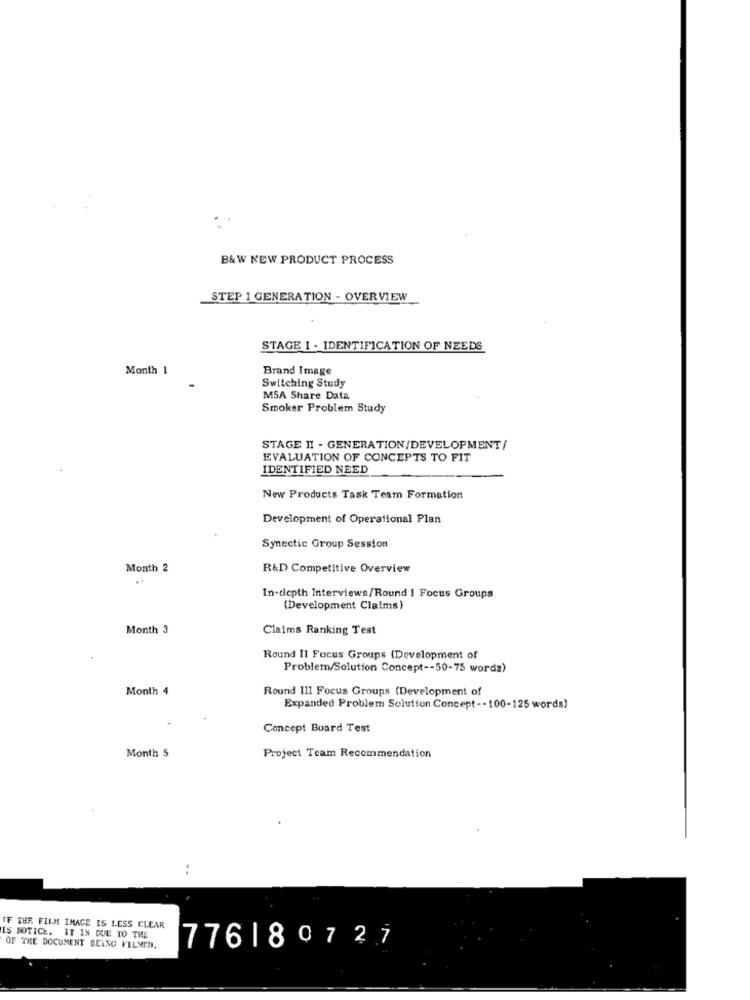
B&W NEW PRODUCT PROCESS
STEP 1 GENERATION - OVERVIEW
STAGE 1 - IDENTIFICATION OF NEEDS
Month 1
Brand Image
Switching Study
MSA Share Data
Smoker Problem Study
STAGE II - GENERATION/DEVELOPMENT/
EVALUATION OF CONCEPTS TO FIT
IDENTIFIED NEED
New Products Task Team Formation
Development of Operational Plan
Synectic Group Session
Month 2
R&D Competitive Overview
In-depth Interviews/Round | Focus Groups
(Development Claims)
Month 3
Claims Ranking Test
Round 11 Focus Groups (Development of
Problem/Solution Concept -- 50-75 words)
Month 4
Round III Focus Groups (Development of
Expanded Problem Solution Concept -- 100-125 words)
Concept Board Test
Month 5
Project Team Recommendation
..
IF THR FLIM IMAGE IS LESS CLEAR
IS NOTICE. IT IS QUE 10 THE
776180727
OF THE DOCUMENT BEING FILMEN.